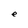
Character: e